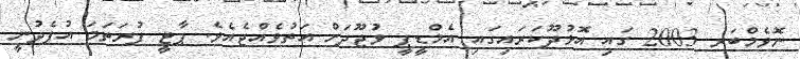
ނޮވެމްބަރ 2003 ގައި އޮޅުދޫކަރައިގައި އެމްޑީޕީ ވުޖޫދަށް އަތުވެއްޖެއެވެ. ޕާޓީ ފުރަތަމަ އުފެދުނީ